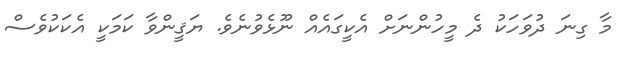
މާ ގިނަ ދުވަހަކު ދެ މީހުންނަށް އެކީގައެއް ނޫޅެވުނެވެ. ޔަޤީންވާ ކަމަކީ އެކަކުވެސް